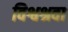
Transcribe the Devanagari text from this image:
विश्वश्रवा